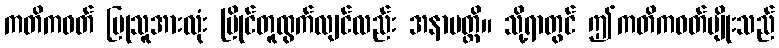
ကတိကဝတ် ပြုသူအားလုံး ပြိုင်တူထွက်လျင်လည်း အနာပတ္တိ။ သို့ရာတွင် ဤကတိကဝတ်မျိုးသည်